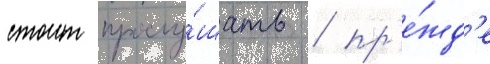
стоит прослу́шать / пр'е́жд'е